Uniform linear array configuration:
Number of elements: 64
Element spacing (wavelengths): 0.75
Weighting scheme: exponential
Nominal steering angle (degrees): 0
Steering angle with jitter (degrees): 0.6937
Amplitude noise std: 0.05
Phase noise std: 0.05

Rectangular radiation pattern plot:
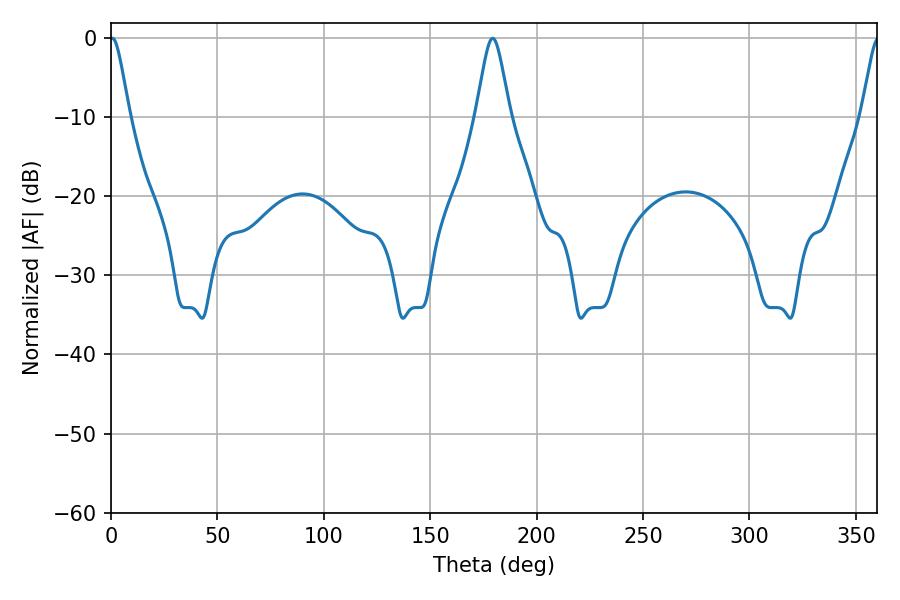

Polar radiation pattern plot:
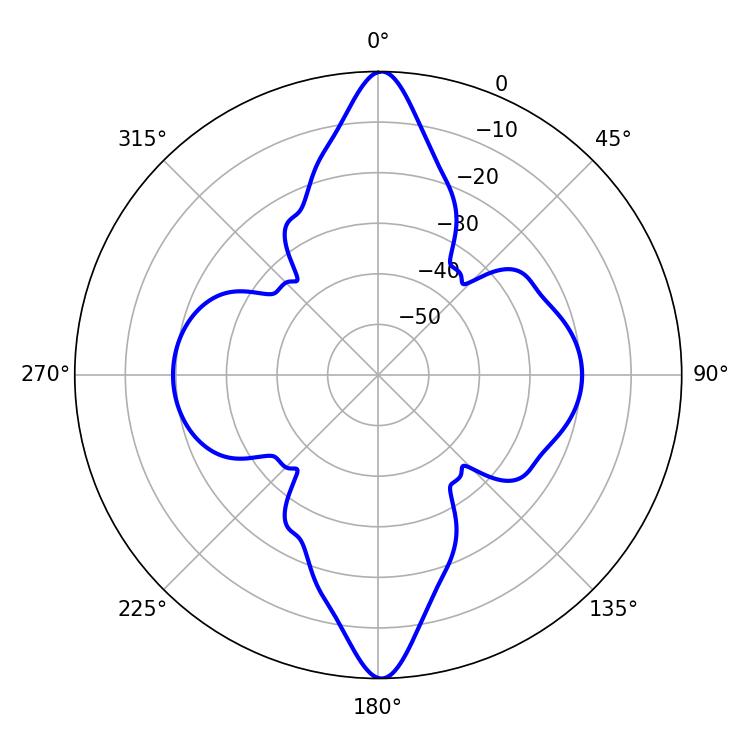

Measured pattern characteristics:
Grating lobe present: TRUE
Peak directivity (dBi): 29.073
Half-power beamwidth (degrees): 4.5
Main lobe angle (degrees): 0.72